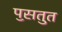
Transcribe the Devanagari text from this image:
पॖसतुत